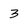
Character: 3